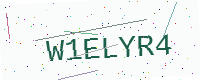
Text: W1ELYR4